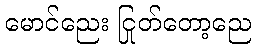
မောင်ညေး ငြုတ်တော့ညေ